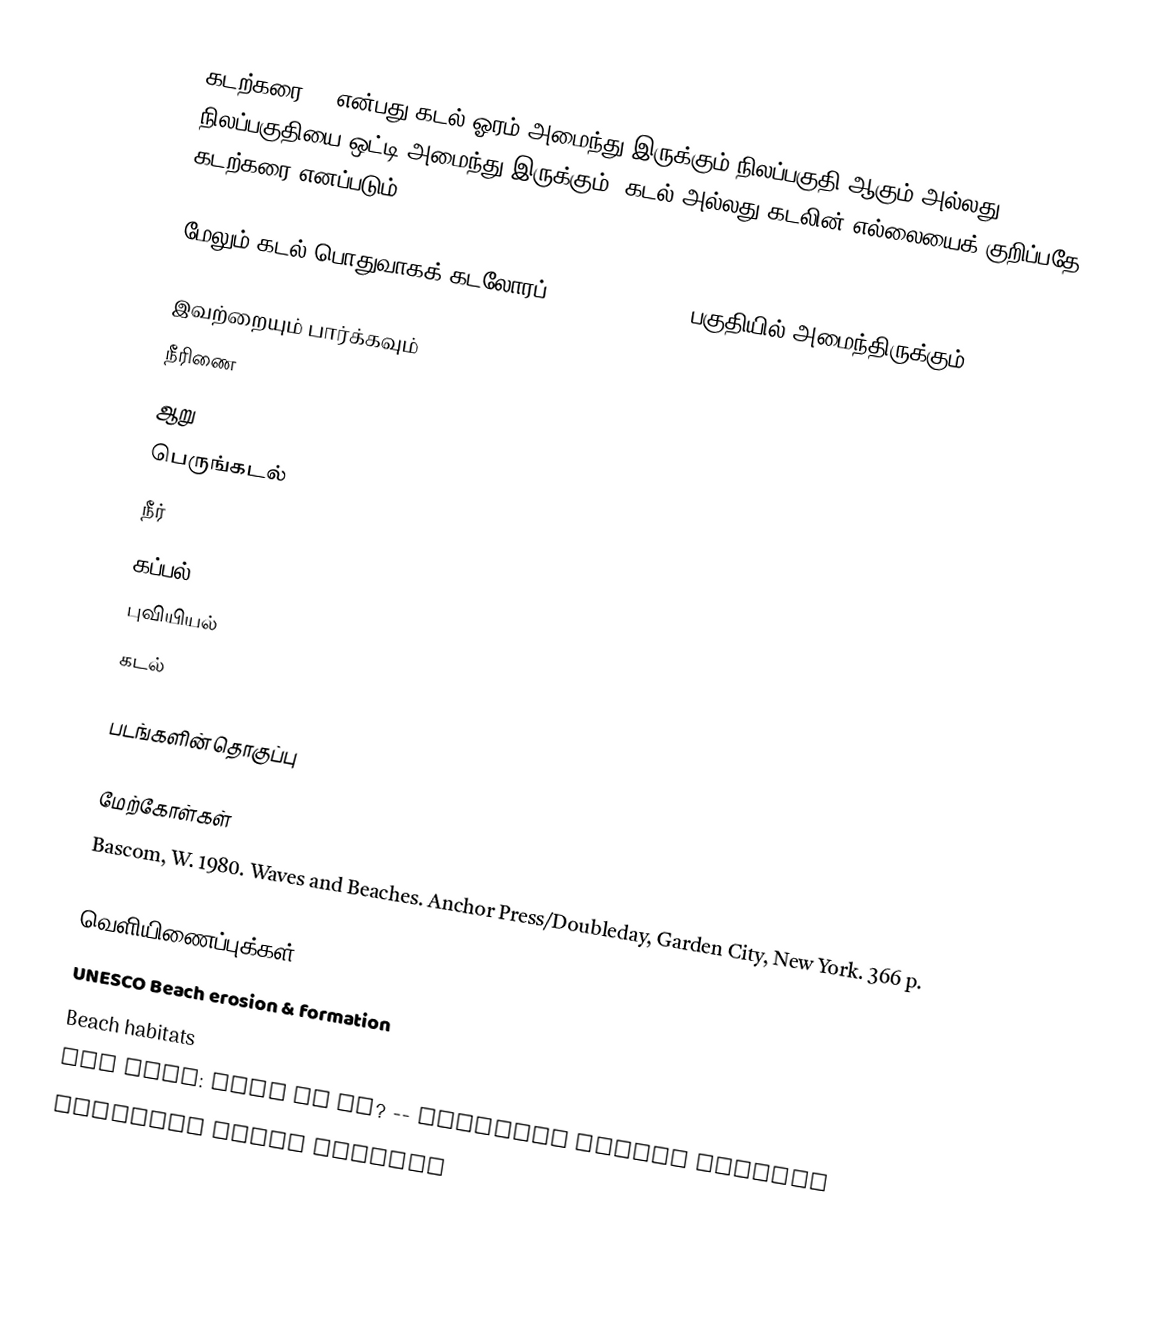
கடற்கரை () என்பது கடல் ஓரம் அமைந்து இருக்கும் நிலப்பகுதி ஆகும் அல்லது நிலப்பகுதியை ஒட்டி அமைந்து இருக்கும். கடல் அல்லது கடலின் எல்லையைக் குறிப்பதே கடற்கரை எனப்படும்.

மேலும் கடல் பொதுவாகக் கடலோரப் (coastal areas) பகுதியில் அமைந்திருக்கும்.

இவற்றையும் பார்க்கவும்
 நீரிணை
 ஆறு
 பெருங்கடல்
 நீர்
 கப்பல்
 புவியியல்
 கடல்

படங்களின் தொகுப்பு

மேற்கோள்கள்
 Bascom, W. 1980. Waves and Beaches. Anchor Press/Doubleday, Garden City, New York. 366 p.

வெளியிணைப்புக்கள்
 UNESCO Beach erosion & formation
 Beach habitats
 Sea Foam: What Is It? -- Beaufort County Library
 Seasonal Beach Profile